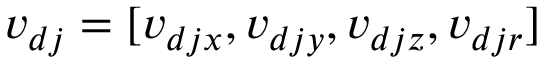
v _ { d j } = [ v _ { d j x } , v _ { d j y } , v _ { d j z } , v _ { d j r } ]